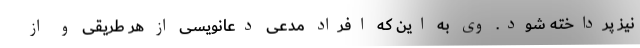
نیز پرداخته شود. وی به این که افراد مدعی دعانویسی از هر طریقی و از